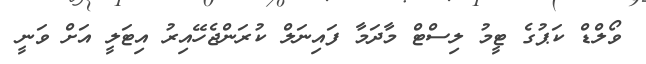
ވޯލްޑް ކަޕުގެ ޓީމު ލިސްޓް މާދަމާ ފައިނަލް ކުރަންޖެހޭއިރު އިޓަލީ އަށް ވަނީ